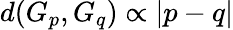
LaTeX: d(G_{p},G_{q})\propto\lvert p-q\rvert